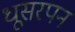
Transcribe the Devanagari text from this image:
धूसरपन